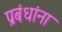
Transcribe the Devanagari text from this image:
प्रबंधांना